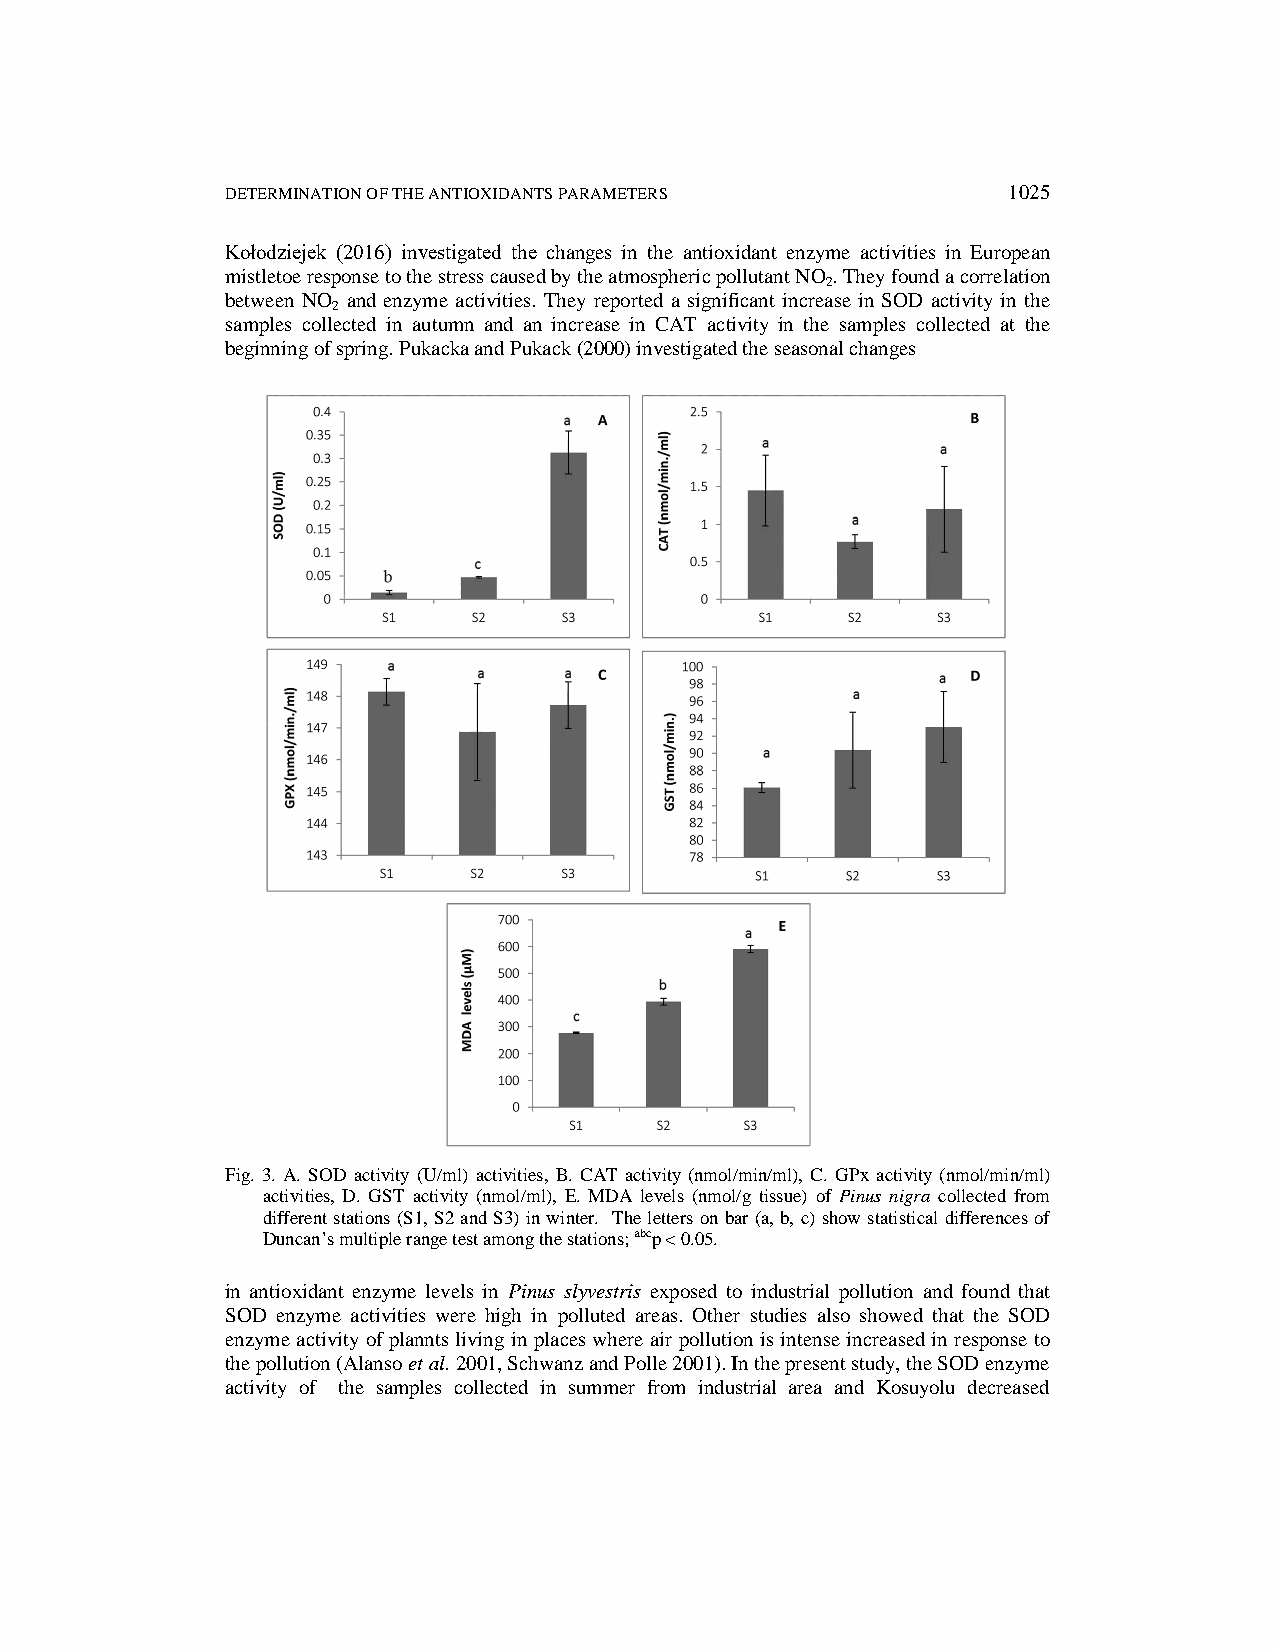
DETERMINATION OF THE ANTIOXIDANTS PARAMETERS        1025
 Kołodziejek (2016) investigated the changes in the antioxidant enzyme activities in European
 mistletoe response to the stress caused by the atmospheric pollutant NO . They found a correlation
 2
 between NO and enzyme activities. They reported a significant increase in SOD activity in the
 2
 samples collected in autumn and an increase in CAT activity in the samples collected at the
 beginning of spring. Pukacka and Pukack (2000) investigated the seasonal changes
 Fig. 3. A. SOD activity (U/ml) activities, B. CAT activity (nmol/min/ml), C. GPx activity (nmol/min/ml)
 activities, D. GST activity (nmol/ml), E. MDA levels (nmol/g tissue) of Pinus nigra collected from
 different stations (S1, S2 and S3) in winter. The letters on bar (a, b, c) show statistical differences of
 Duncan’s multiple range test among the stations; abcp < 0.05.
 in antioxidant enzyme levels in Pinus slyvestris exposed to industrial pollution and found that
 SOD enzyme activities were high in polluted areas. Other studies also showed that the SOD
 enzyme activity of plannts living in places where air pollution is intense increased in response to
 the pollution (Alanso et al. 2001, Schwanz and Polle 2001). In the present study, the SOD enzyme
 activity of the samples collected in summer from industrial area and Kosuyolu decreased